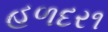
હળદર૧